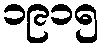
၁၉၁၅